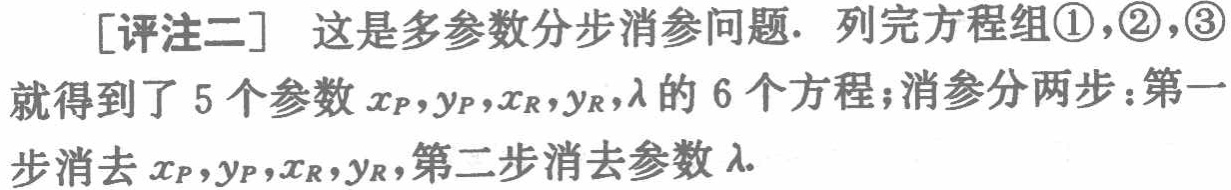
[评注二] 这是多参数分步消参问题. 列完方程组\textcircled{1},\textcircled{2},\textcircled{3}就得到了 5 个参数\(x_P,y_P,x_R,y_R,\lambda\)的 6 个方程;消参分两步：第一步消去\(x_P,y_P,x_R,y_R\),第二步消去参数\(\lambda\).